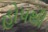
હોપથી